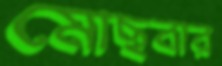
মোছবার